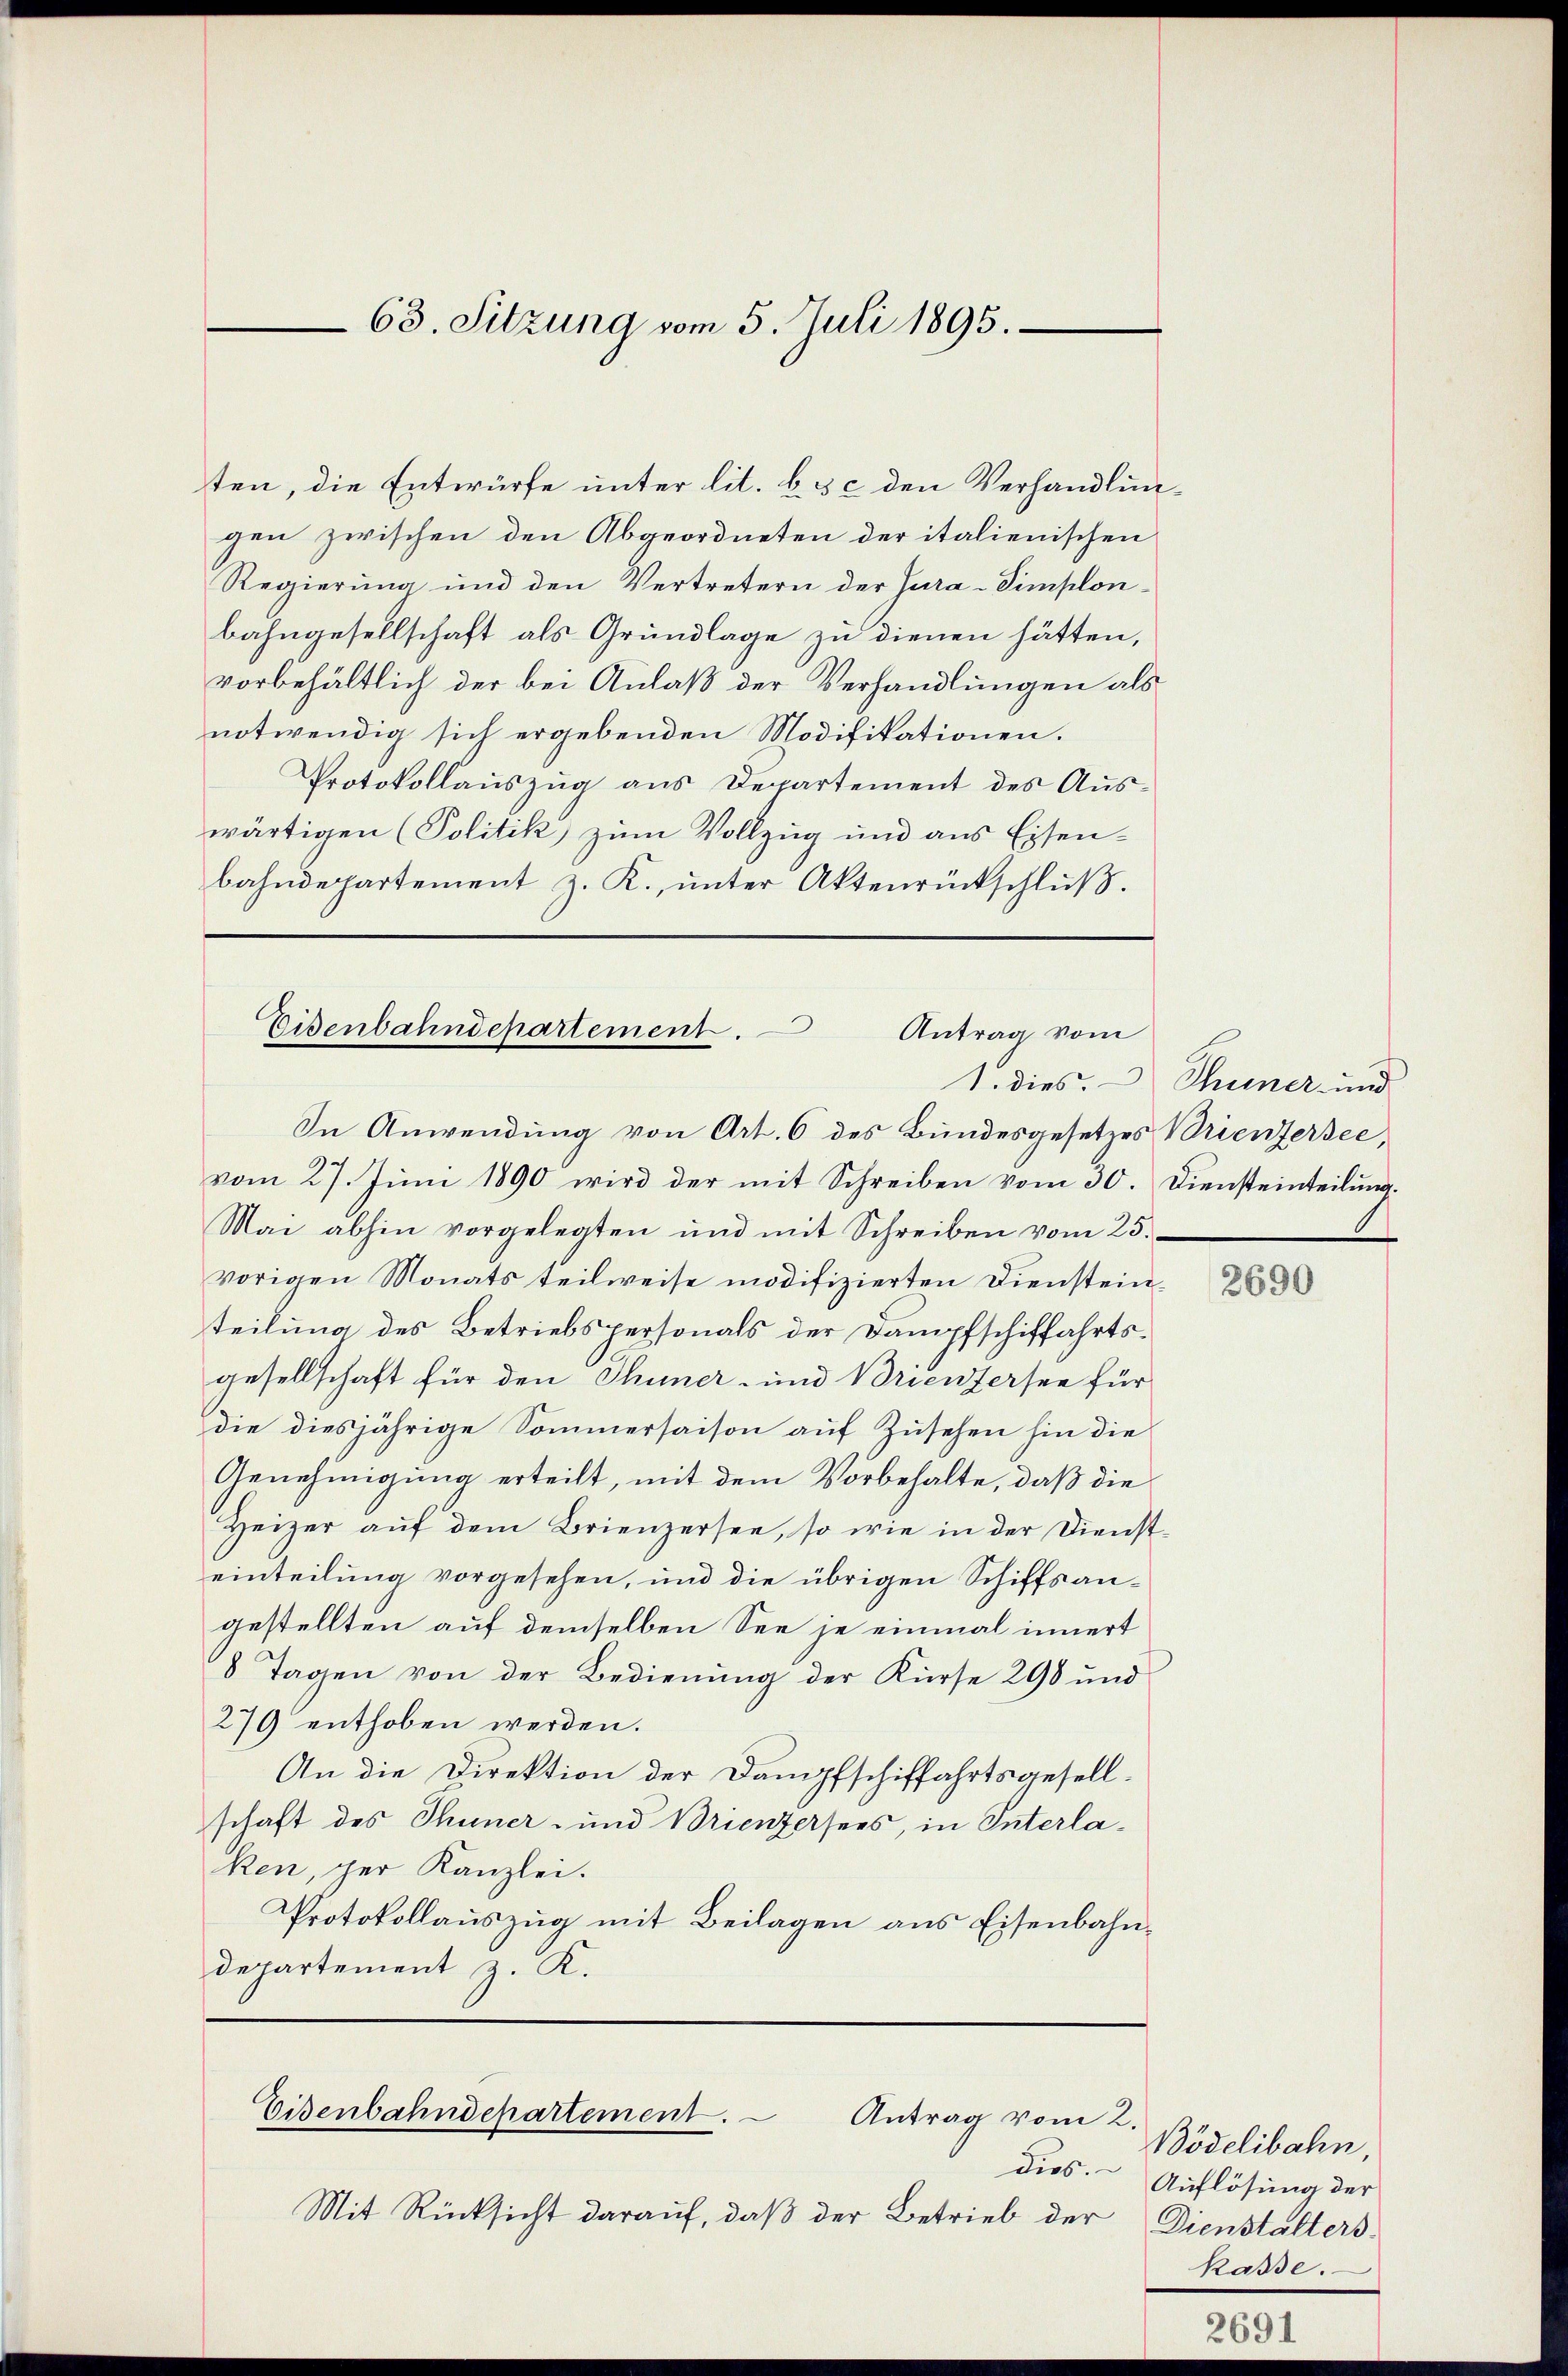
63. Sitzung vom 5. Juli 1895.

ten, die Entwürfe unter lit. b & c den Verhandlungen zwischen den Abgeordneten der italienischen
Regierung und den Vertretern der Jura-Simplonbahngesellschaft als Grundlage zu dienen hätten,
vorbehältlich der bei Anlaß der Verhandlungen als
notwendig sich ergebenden Modifikationen.
Protokollauszug aus Departement des Auswärtigen (Politik zum Vollzug und aus Eisenbahndepartement z. K. ŭnter Aktenrückschlŭβ.

Eisenbahndepartement.
Antrag vom

In Anwendung von Art. 6 des Bundesgesetzes Brientersee,
vom 27. Juni 1890 wird der mit Schreiben vom 30. Diensteinteilung.
Mai abhin vorgelegten und mit Schreiben vom 25.
vorigen Monats teilweise modifizierten Diensteinteilung des Betriebspersonals der Dampfschiffahrtsgesellschaft für den Thuner- und Brientersee für
die diesjährige Sommersaison auf Zusehen hin die
Genehmigung erteilt, mit dem Vorbehalte, daß die
Heizer auf dem Brienzersee, so wie in der Dienst-
einteilung vorgesehen, und die übrigen Schiffsangestellten auf demselben See je einmal innert
8 Tagen von der Bedienung der Kürse 298 und
279 enthoben werden.
An die Direktion der Dampfschiffahrtsgesellschaft des Thuner- und Brienzersees, in Interlaken, per Kanzlei.
Protokollauszug mit Beilagen aus Eisenbahndepartement E.

Eisenbahndepartement. Antrag vom 2.

dies
Mit Rücksicht darauf, daß der Betrieb der

1. dies. — Thuner- und

2690

Bödelibahn.
Auflösung der
Dienstalters.
Rasse.